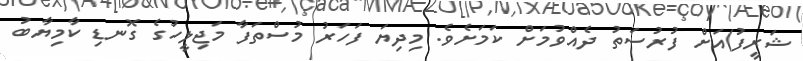
ޝަރީފު)އަށް ފުރުސަތު ދެއްވުމަށް ކަމަށެވެ. މިދިޔަ ފަހަރު މުސްތަފާ މަޖިލީހުގެ ގޮނޑި ކާމިޔާބު